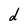
Character: d